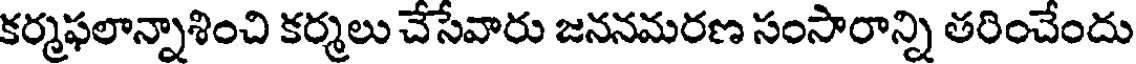
కర్మఫలాన్నాశించి కర్మలు చేసేవారు జననమరణ సంసారాన్ని తరించేందు